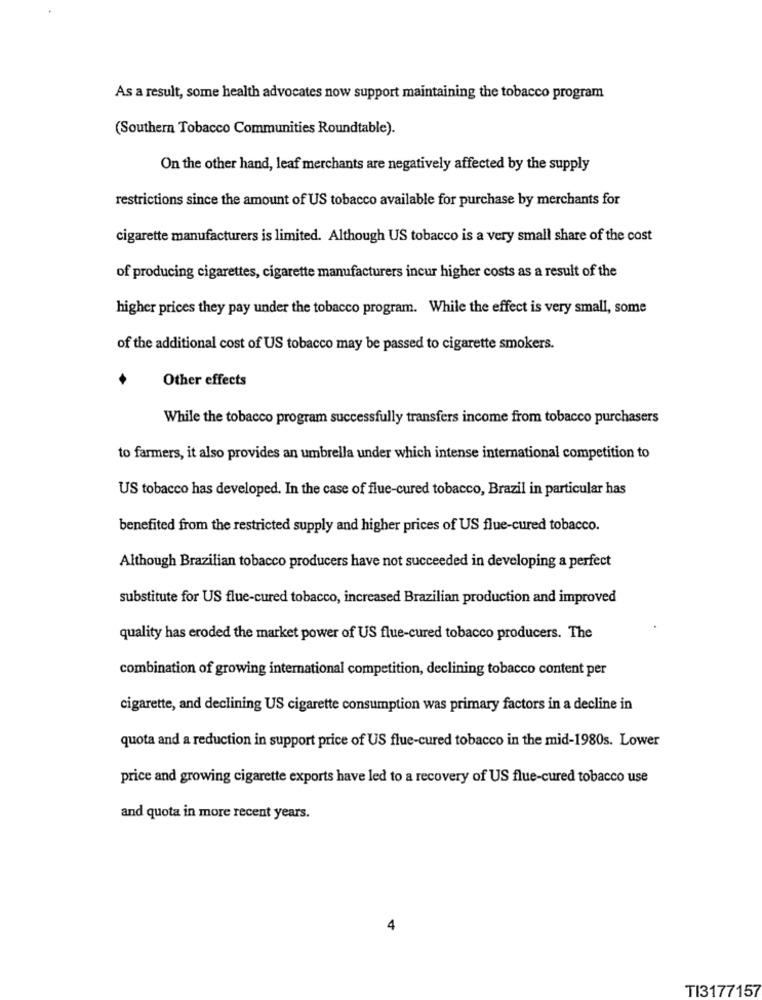
As a result, some health advocates now support maintaining the tobacco program
(Southern Tobacco Communities Roundtable).
On the other hand, leaf merchants are negatively affected by the supply
restrictions since the amount of US tobacco available for purchase by merchants for
cigarette manufacturers is limited. Although US tobacco is a very small share of the cost
of producing cigarettes, cigarette manufacturers incur higher costs as a result of the
higher prices they pay under the tobacco program. While the effect is very small, some
of the additional cost of US tobacco may be passed to cigarette smokers.
Other effects
While the tobacco program successfully transfers income from tobacco purchasers
to farmers, it also provides an umbrella under which intense international competition to
US tobacco has developed. In the case of flue-cured tobacco, Brazil in particular has
benefited from the restricted supply and higher prices of US flue-cured tobacco.
Although Brazilian tobacco producers have not succeeded in developing a perfect
substitute for US flue-cured tobacco, increased Brazilian production and improved
quality has eroded the market power of US flue-cured tobacco producers. The
combination of growing international competition, declining tobacco content per
cigarette, and declining US cigarette consumption was primary factors in a decline in
quota and a reduction in support price of US flue-cured tobacco in the mid-1980s. Lower
price and growing cigarette exports have led to a recovery of US flue-cured tobacco use
and quota in more recent years.
4
TI3177157